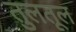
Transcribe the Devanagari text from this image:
तुलतूल